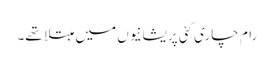
رام چاری کئی پریشانیوں میں مبتلا تھے۔